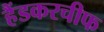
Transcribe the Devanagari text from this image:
हैंडकरचीफ